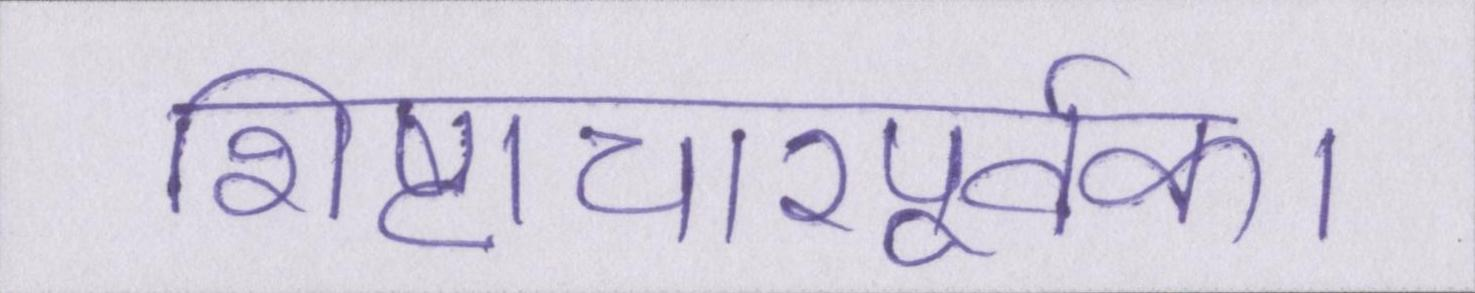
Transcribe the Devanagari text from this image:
शिष्टाचारपूर्वक।